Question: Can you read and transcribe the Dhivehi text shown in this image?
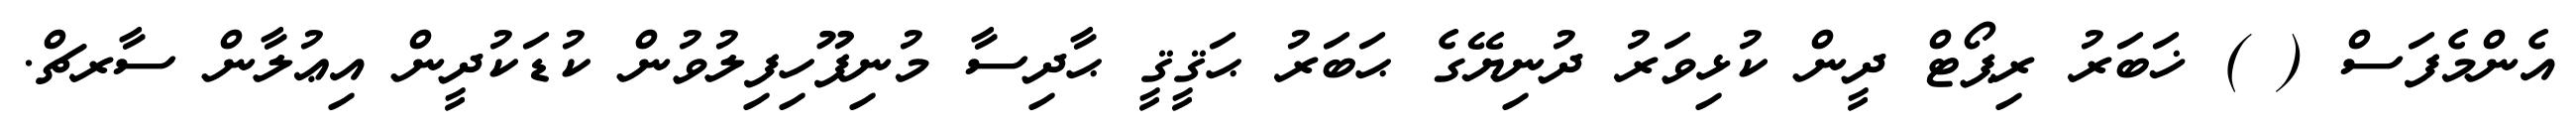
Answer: އެންމެފަސް ( ) ޚަބަރު ރިޕޯޓް ދީން ކުޅިވަރު ދުނިޔޭގެ ޙަބަރު ޙަޤީޤީ ޙާދިސާ މުނިފޫހިފިލުވުން ކުޑަކުދީން އިޢުލާން ސާރޗް.